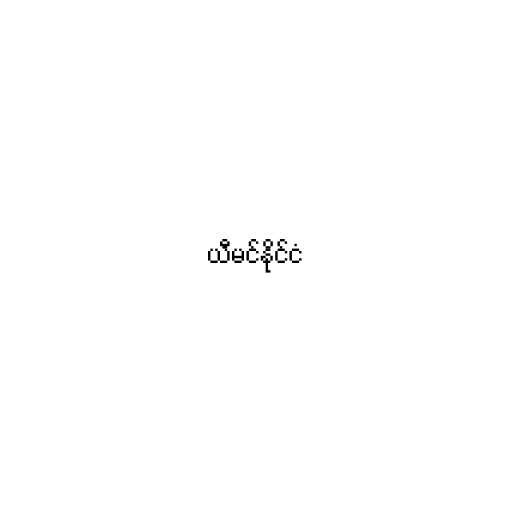
ယီမင်နိုင်ငံ